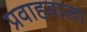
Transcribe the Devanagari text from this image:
प्रवाहवाला